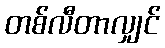
တစ်လီတာလျှင်